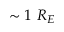
\sim 1 \ R _ { E }